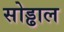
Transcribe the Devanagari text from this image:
सोड्ढाल